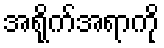
အရိုက်အရာကို